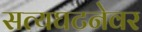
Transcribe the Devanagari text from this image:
सत्यघटनेवर